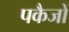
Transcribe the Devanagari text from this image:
पकैजों